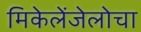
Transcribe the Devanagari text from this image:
मिकेलेंजेलोचा